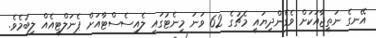
އޭނގެ ނަތީޖާއަކަށް ވެގެންދިޔައީ މެޗުގެ 62 ވަނަ މިނެޓުގައި ލެއިސެސްޓާއަށް ޕެނަލްޓީއެއް ލިބުމެވެ.